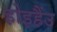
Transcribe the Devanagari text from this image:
होइहैंउ